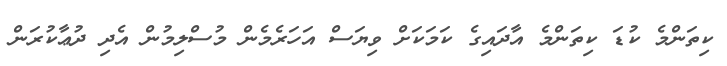
ކިތަންމެ ކުޑަ ކިތަންމެ އާދައިގެ ކަމަކަށް ވިޔަސް އަހަރެމެން މުސްލިމުން އެދި ދުޢާކުރަން